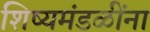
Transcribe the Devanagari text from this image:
शिष्यमंडळींना